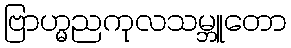
ဗြာဟ္မညကုလသမ္ဘူတော